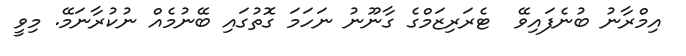
އިމްރާނު ބުނެފައިވޭ  ޓެރަރިޒަމްގެ ގާނޫނު ނަހަމަ ގޮތުގައި ބޭނުމެއް ނުކުރާނަމޭ. މިވީ